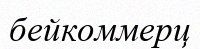
бейкоммерц